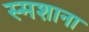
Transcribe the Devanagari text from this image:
स्मशाना